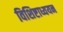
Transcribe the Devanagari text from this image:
विशिष्टाध्ययन